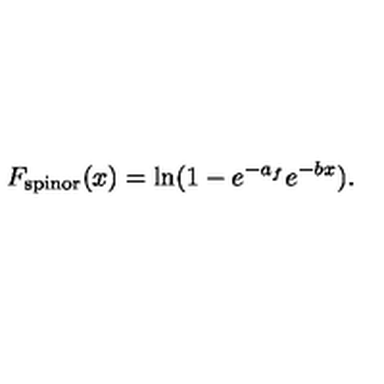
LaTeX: F _ { \mathrm { s p i n o r } } ( x ) = \ln ( 1 - e ^ { - a _ { f } } e ^ { - b x } ) .